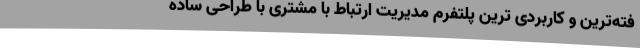
فته‌ترین و کاربردی ترین پلتفرم مدیریت ارتباط با مشتری با طراحی ساده